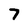
Character: 7